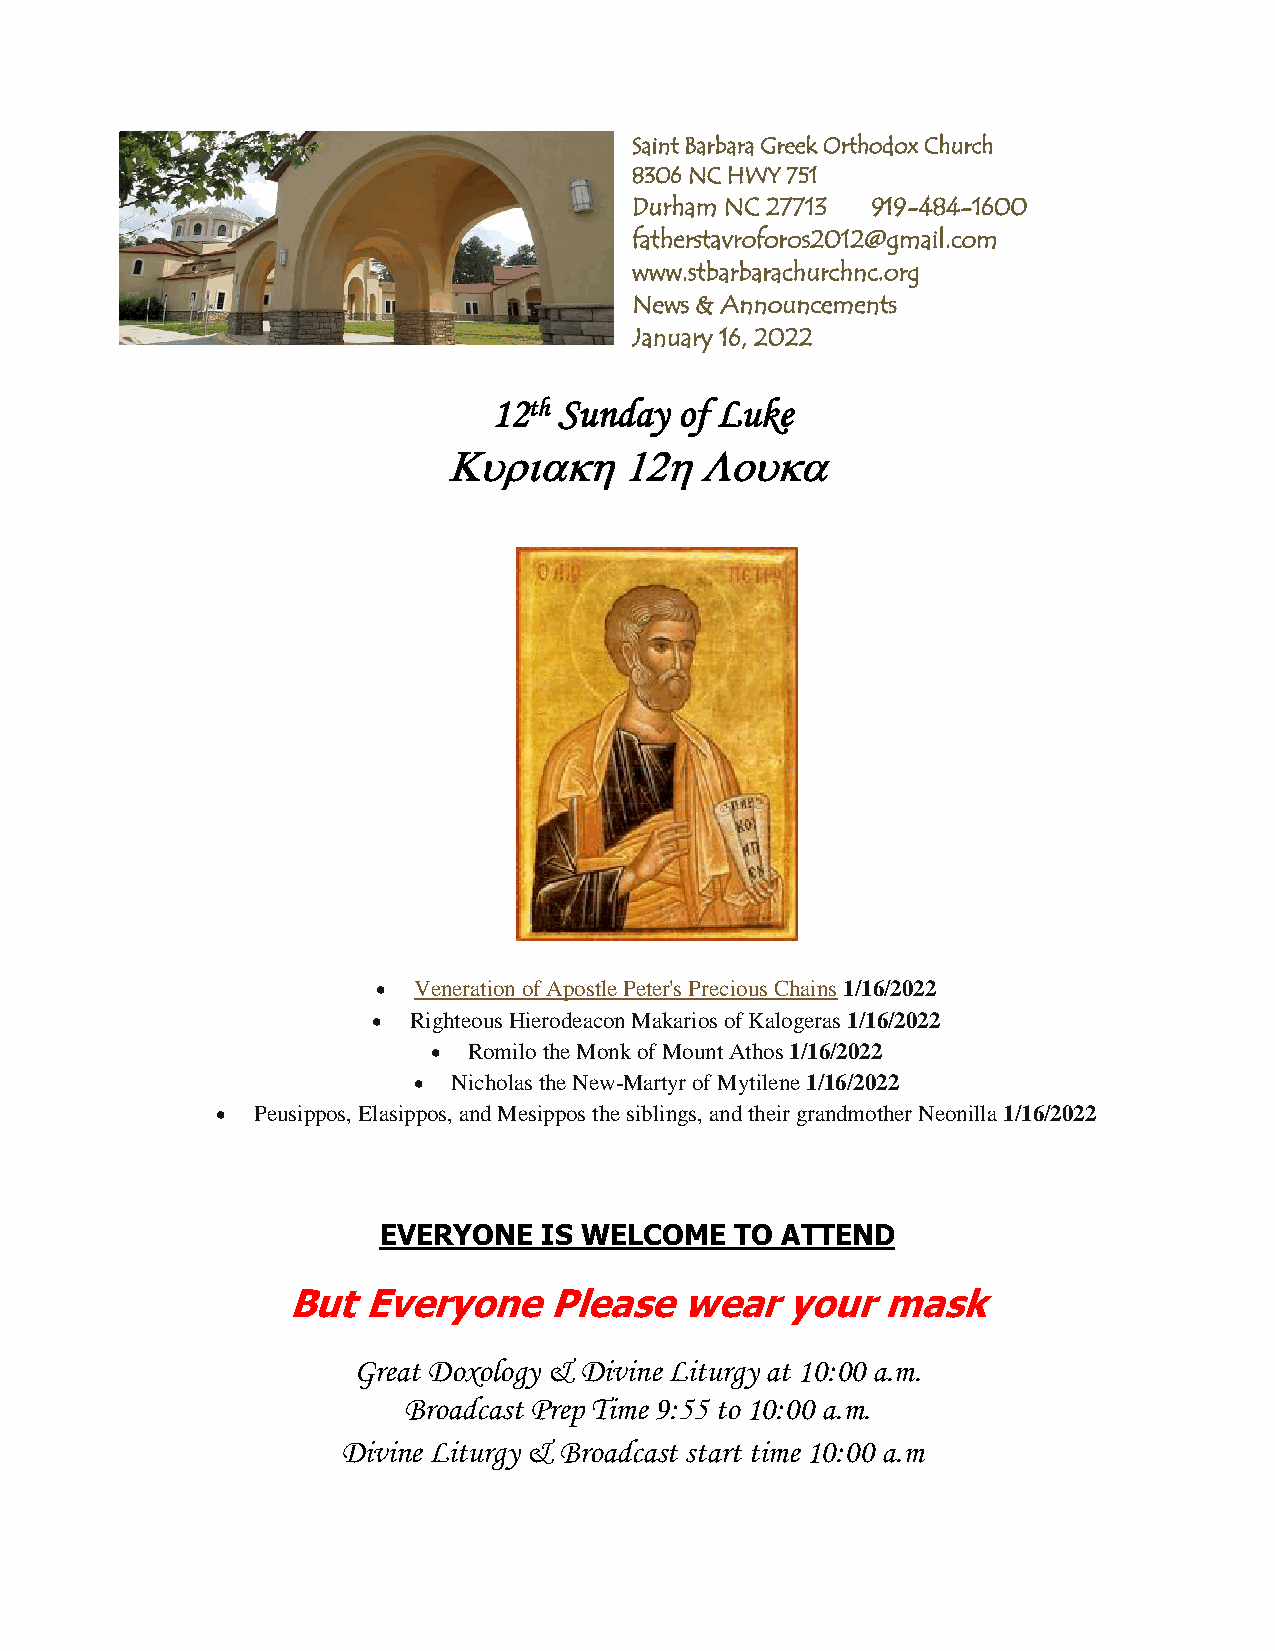
Saint Barbara Greek Orthodox Church
 8306 NC HWY 751
 Durham NC 27713 919-484-1600
 fatherstavroforos2012@gmail.com
 www.stbarbarachurchnc.org
 News & Announcements
 January 16, 2022
 12th Sunday of Luke
 
  Veneration of Apostle Peter's Precious Chains 1/16/2022
  Righteous Hierodeacon Makarios of Kalogeras 1/16/2022
  Romilo the Monk of Mount Athos 1/16/2022
   Nicholas the New-Martyr of Mytilene 1/16/2022
   Peusippos, Elasippos, and Mesippos the siblings, and their grandmother Neonilla 1/16/2022
 EVERYONE   IS WELCOME   TO ATTEND
 But  Everyone    Please   wear   your  mask
 Great Doxology & Divine Liturgy at 10:00 a.m.
 Broadcast Prep Time 9:55 to 10:00 a.m.
 Divine Liturgy & Broadcast start time 10:00 a.m